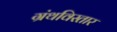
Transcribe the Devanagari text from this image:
ग्रंथविस्तार